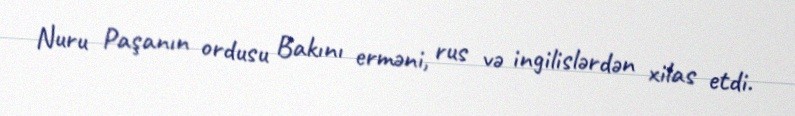
Nuru Paşanın ordusu Bakını erməni, rus və ingilislərdən xilas etdi.